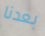
بعدنا